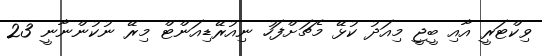
ވިކްޓަރީ އާއި ބީޖީ މިއަދު ކުޅޭ މެޗަށްފަހު ނިއުރޭޑިއަންޓް މިރޭ ނުކުންނާނީ 23